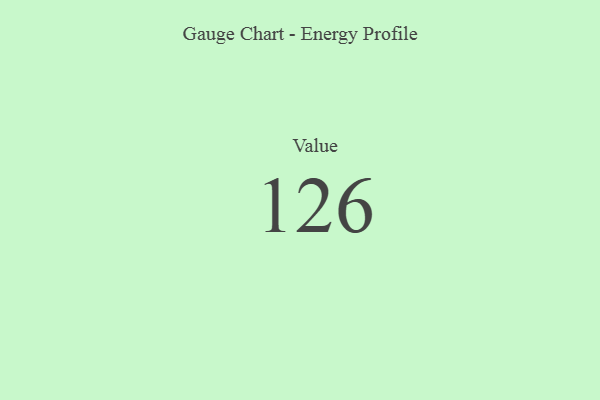
{"axis": {"x": "Metric", "y": "Value"}, "legend": [""], "data": [{"x": "Value", "y": 126, "type": ""}]}